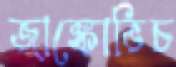
জাঙ্কোভিচ